Indian journal of veterinary science and animal husbandry - Volumes 22-23, 1952-1953
Year: 1952
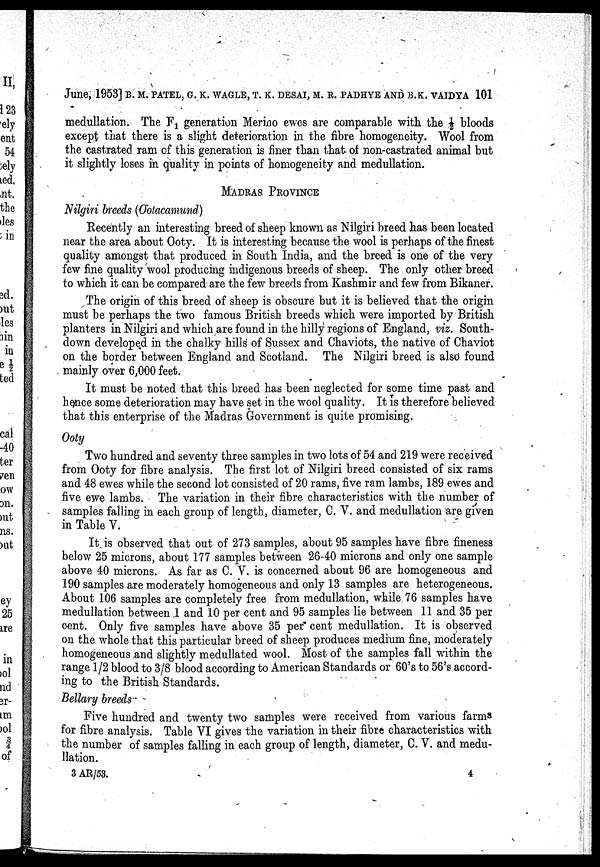
June, 1953] B. M. PATEL, G. K. WAGLE, T. K. DESAI, M. R. PADHYE AND B. K. VAIDYA 101
medullation. The F 1 generation Merico ewes are comparable with the ½ bloods
except that there is a slight deterioration in the fibre homogeneity. Wool from
the castrated ram of this generation is finer than that of non-castrated animal but
it slightly loses in quality in points of homogeneity and medullation.
MADRAS PROVINCE
Nilgiri breeds (Oolacamund)
Recently an interesting breed of sheep known as Nilgiri breed has been located
near the area about Ooty. It is interesting because the wool is perhaps of the finest
quality amongst that produced in South India, and the breed is one of the very
few fine quality wool producing indigenous breeds of sheep. The only other breed
to which it can be compared are the few breeds from Kashmir and few from Bikaner.
The origin of this breed of sheep is obscure but it is believed that the origin
must be perhaps the two famous British breeds which were imported by British
planters in Nilgiri and which are found in the hilly regions of England, viz. South-
down developed in the chalky hills of Sussex and Chaviots, the native of Chaviot
on the border between England and Scotland. The Nilgiri breed is also found
mainly over 6,000 feet.
It must be noted that this breed has been neglected for some time past and
hence some deterioration may have set in the wool quality. It is therefore believed
that this enterprise of the Madras Government is quite promising.
Ooty
Two hundred and seventy three samples in two lots of 54 and 219 were received
from Ooty for fibre analysis. The first lot of Nilgiri breed consisted of six rams
and 48 ewes while the second lot consisted of 20 rams, five ram lambs, 189 ewes and
five ewe lambs. The variation in their fibre characteristics with the number of
samples falling in each group of length, diameter, C. V. and medullation are given
in Table V.
It is observed that out of 273 samples, about 95 samples have fibre fineness
below 25 microns, about 177 samples between 26-40 microns and only one sample
above 40 microns. As far as C. V. is concerned about 96 are homogeneous and
190 samples are moderately homogeneous and only 13 samples are heterogeneous.
About 106 samples are completely free from medullation, while 76 samples have
medullation between .1 and 10 per cent and 95 samples lie between 11 and 35 per
cent. Only five samples have above 35 per cent medullation. It is observed
on the whole that this particular breed of sheep produces medium fine, moderately
homogeneous and slightly medullated wool. Most of the samples fall within the
range 1/2 blood to 3/8 blood according to American Standards or 60's to 56's accord-
ing to the British Standards.
Bellary breeds
Five hundred and twenty two samples were received from various farms
for fibre analysis. Table VI gives the variation in their fibre characteristics with
the number of samples falling in each group of length, diameter, C. V. and medu-
llation.
3 AR/53.
4